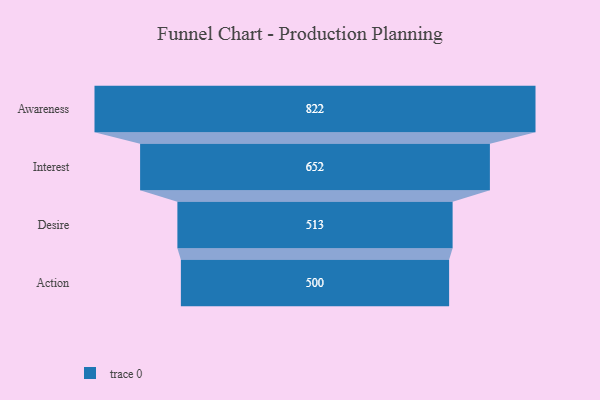
{"axis": {"x": "Stage", "y": "Value"}, "legend": [""], "data": [{"x": "Awareness", "y": 822.0, "type": ""}, {"x": "Interest", "y": 652.0, "type": ""}, {"x": "Desire", "y": 513.0, "type": ""}, {"x": "Action", "y": 500, "type": ""}]}